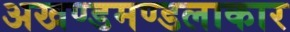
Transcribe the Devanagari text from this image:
अखण्डमण्डलाकार